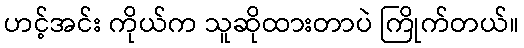
ဟင့်အင်း ကိုယ်က သူဆိုထားတာပဲ ကြိုက်တယ်။